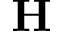
\mathbf { H }